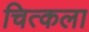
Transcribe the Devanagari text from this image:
चित्कला